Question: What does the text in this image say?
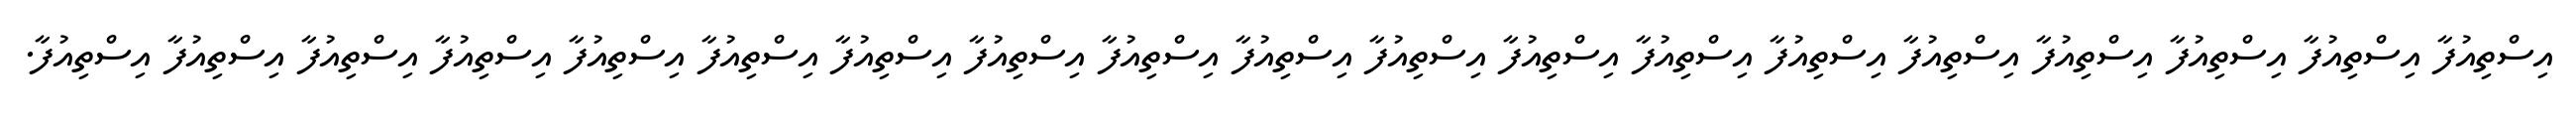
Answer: އިސްތިއުފާ އިސްތިއުފާ އިސްތިއުފާ އިސްތިއުފާ އިސްތިއުފާ އިސްތިއުފާ އިސްތިއުފާ އިސްތިއުފާ އިސްތިއުފާ އިސްތިއުފާ އިސްތިއުފާ އިސްތިއުފާ އިސްތިއުފާ އިސްތިއުފާ އިސްތިއުފާ އިސްތިއުފާ އިސްތިއުފާ އިސްތިއުފާ އިސްތިއުފާ.